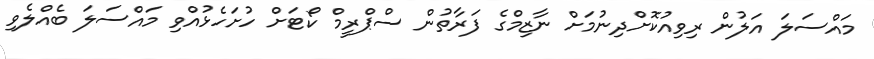
މައްސަލަ އަލުން ރިވިއުކޮށްދިނުމަށް ނާޒިމްގެ ފަރާތުން ސްޕްރީމް ކޯޓަށް ހުށަހެޅުއްވި މައްސަލަ ބެއްލެވި